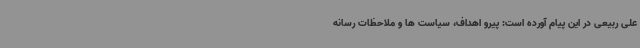
علی ربیعی در این پیام آورده است: پیرو اهداف، سیاست ها و ملاحظات رسانه